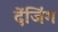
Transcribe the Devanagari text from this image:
देंजिंग